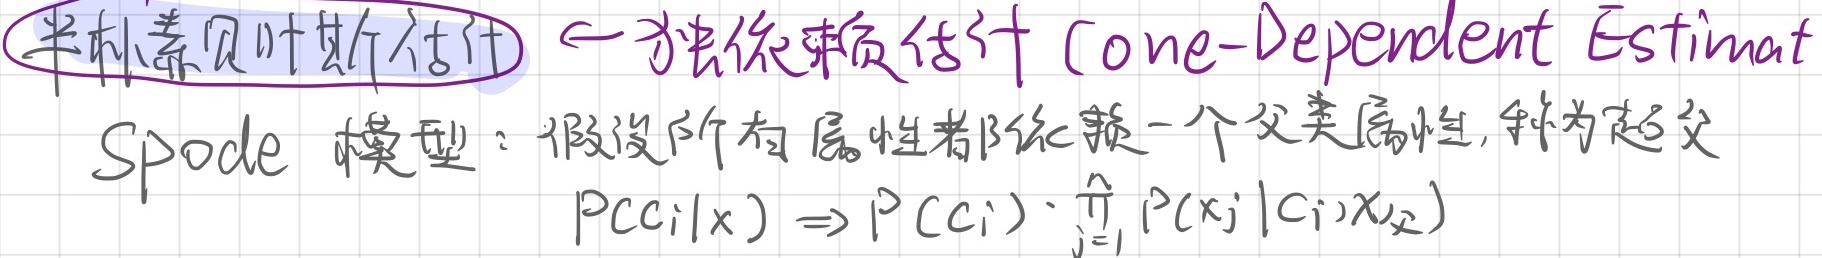
半朴素贝叶斯估计 $\leftarrow$ 方法依赖估计 (Cone - Dependent EstimatSpode 模型：假设所有属性都依赖一个父类属性，称为超父。
\[P(C_i|x) \Rightarrow P(C_i) \cdot \prod_{j = 1}^{} P(x_j|C_i,x_{\text{父}})\]